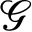
\mathcal { G }